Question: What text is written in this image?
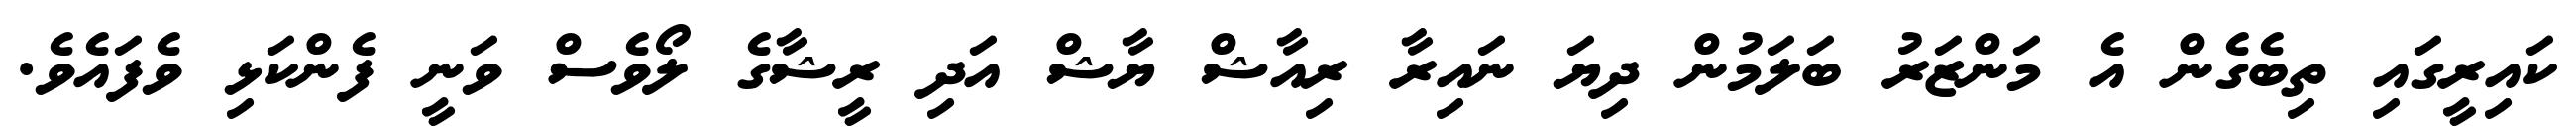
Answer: ކައިރީގައި ތިބެގެން އެ މަންޒަރު ބަލަމުން ދިޔަ ނައިރާ ރިއާޝް ޔާޝް އަދި ރީޝާގެ ލޯވެސް ވަނީ ފެންކަޅި ވެފައެވެ.